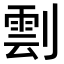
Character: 𠟙